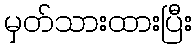
မှတ်သားထားပြီး